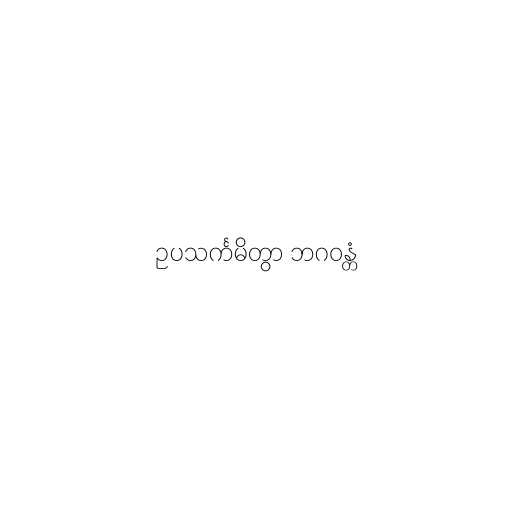
ဥပသင်္ကမိတွာ ဘဂဝန္တံ